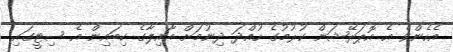
އެހެންވެ އެ އޮޕަރޭޝަން ކުރުމުގެ ހުއްދަ ދިނުމަށް އާއިލާގެ ކިބައިން އެ ސިޓީގައި